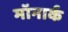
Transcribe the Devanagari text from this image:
मॉनार्क